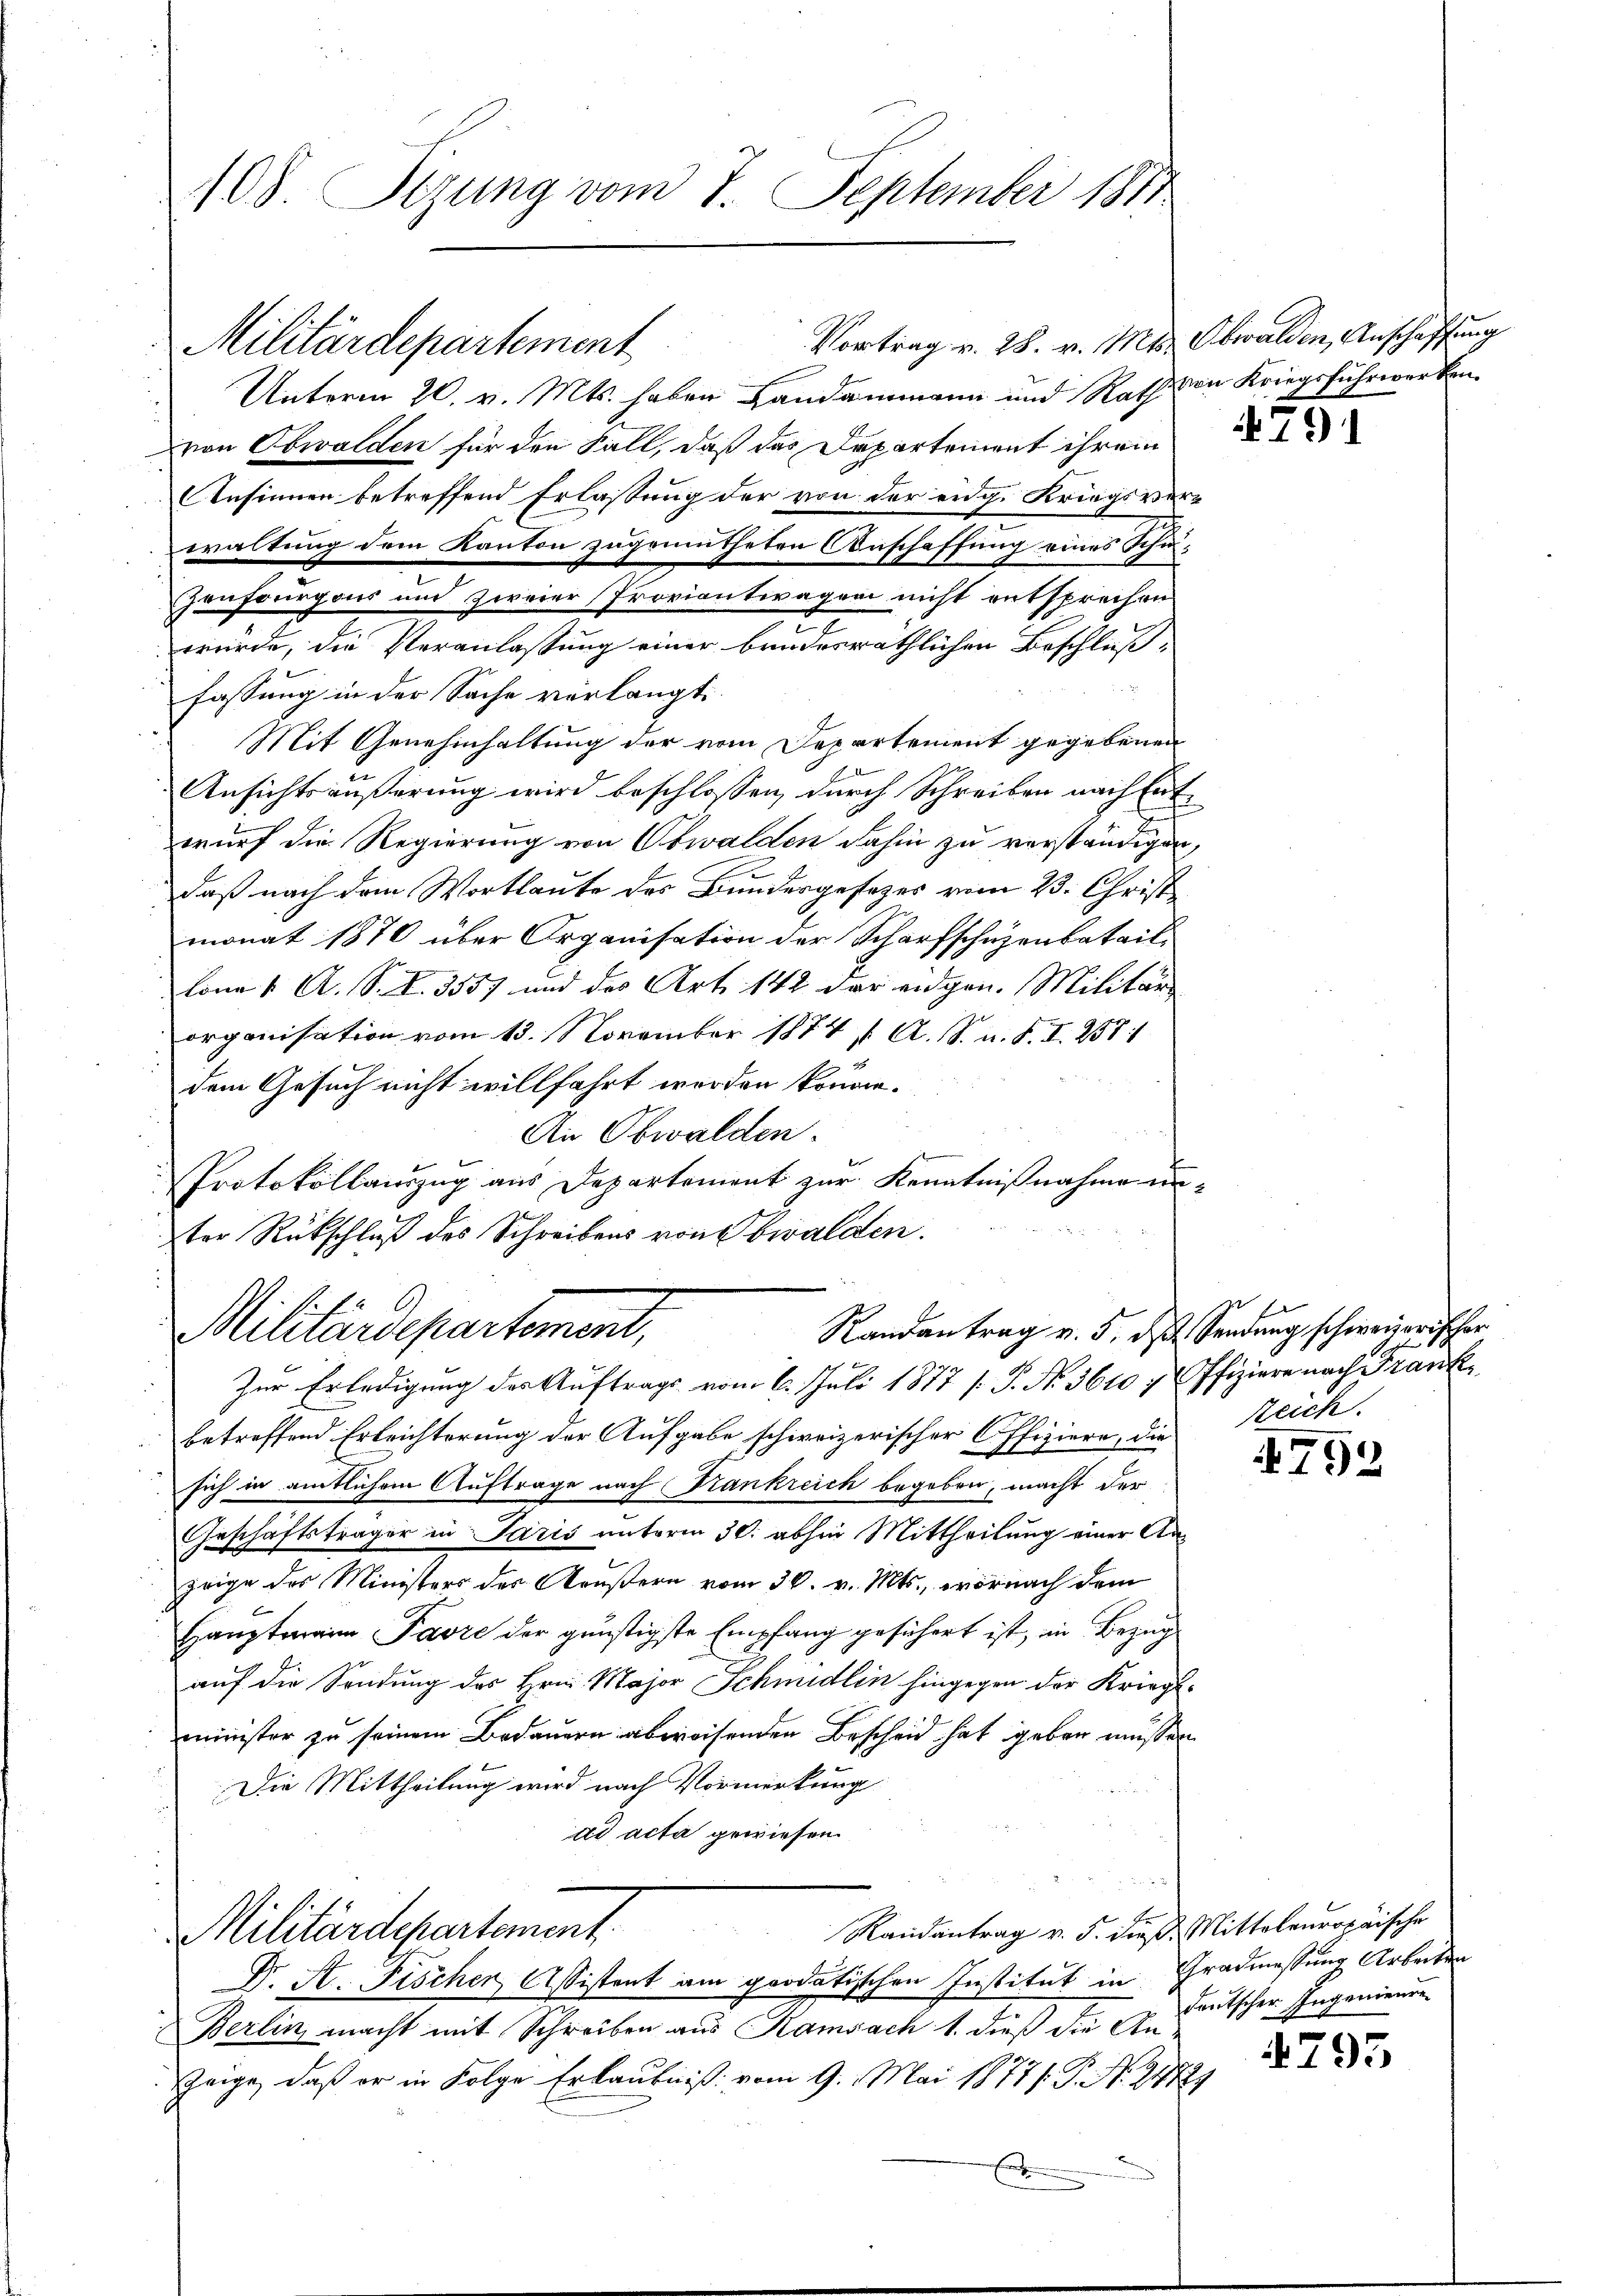
108 Sizung vom 7. September 1811

Vortrag v. 28. v. Mts. Obwalden, Anschaffung
Unterm 20. v. Mts. haben Handammann und Rath von Kriegsfuhrwerken.
von Obwalden für den Fall, daß das Departement ihrem
Ansinnen betreffend Erlassung der von der eidg. Kriegsverwaltung dem Kanton zugemutheten Anschaffung eines Schu¬
Zonforirgons und zweier Proviantwagen nicht entsprechen
wurde, die Veranlassung einer bruderräthlichen Beschluß-
fassung in der Sache verlangt.
Mit Genehmhaltung der vom Departement gegebenen
Ansichtsäußerung wird beschlossen, durch Schreiben nach Entwurf die Regierung von Obwalden dahin zu verständigen,
daß nach dem Wortlaute des Bundesgesezes vom 23. Christ
monat 1870 über Organisation der Scharfschuzenbatailkann 1. A. S. S. 3557 und des Art. 142 der eidgen. Militär
organisation vom 13. November 1874 f. A. S. u. S. I 258
1
dem Gesuch nicht willfahrt werden könne.
An Obwalden.
Protokollauszug aus Departement zur Kenntnißnahme unter Rückschluß des Schreibens von Obwalden.
f

Randantrag v. 5. des Sendung schweizerischer
Militarsepartement,

Militärdepartement

Zur Erledigung der Auftrags vom 6. Juli 1877 [ P. Nr. 3610 Pfiziere nach Frank
betreffend Ertrichterung der Aufgabe schweizerischer Offiziere, die
sich in amtlichem Auftrage nach Krankreich begeben, macht der
Geschäftsträger in Paris unterm 30. abhin Mittheilung einer Anzeige des Ministers des Aeußern vom 30. v. Mts., wornach dem
Hauptmann Favre der günstigste Empfang gesichert ist, in Bezug
auf die Sendung des Hrn. Major Schmidlin hingegen der Kriegs-
minister zu seinem Bedauern abweisenden Bescheid hat geben müssen
Die Mittheilung wird nach Vormerkung
dd acta gewiesen.
Randantrag v. 5. dieß. Mitteleuropäische
Militärdepartement.
Dr. A. Fischer Assistent am prodatischen Institut in Gradmessung Arbeiten
Berlin macht mit Schreiben aus Ramsach 1. dieß die An¬
Zeige, daß er in Folge Erlaubniß vom 9. Mai 1877/. P. N. 24729
.

4791

zeich.

4752

deutscher Ingenieure

795